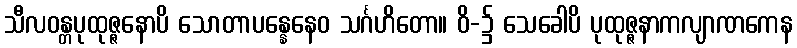
သီလဝန္တပုထုဇ္ဇနောပိ သောတာပန္နေနေဝ သင်္ဂဟိတော။ ဝိ-၌ သေခေါပိ ပုထုဇ္ဇနာကလျာဏကေန